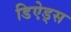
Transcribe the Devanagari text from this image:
डिऐड्स